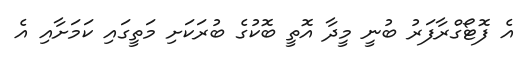
އެ ފޮޓޯގްރާފަރު ބުނީ މީދާ އޮތީ ބޮކުގެ ބުރަކަށި މަތީގައި ކަމަށާއި އެ